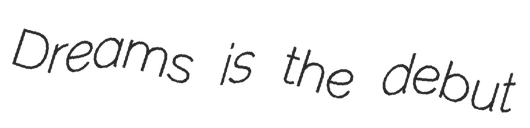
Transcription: Dreams is the debut